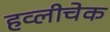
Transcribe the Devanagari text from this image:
हव्लीचेक